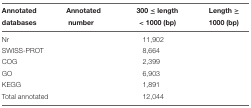
<table><thead><tr><td><b>Annotated</b></td><td><b>Annotated</b></td><td><b>300 ≤ length</b></td><td><b>Length ≥</b></td></tr><tr><td><b>databases</b></td><td><b>number</b></td><td><b>&lt; 1000 (bp)</b></td><td><b>1000 (bp)</b></td></tr></thead><tbody><tr><td>Nr</td><td>[EMPTY_CELL]</td><td>11,902</td><td>[EMPTY_CELL]</td></tr><tr><td>SWISS-PROT</td><td>[EMPTY_CELL]</td><td>8,664</td><td>[EMPTY_CELL]</td></tr><tr><td>COG</td><td>[EMPTY_CELL]</td><td>2,399</td><td>[EMPTY_CELL]</td></tr><tr><td>GO</td><td>[EMPTY_CELL]</td><td>6,903</td><td>[EMPTY_CELL]</td></tr><tr><td>KEGG</td><td>[EMPTY_CELL]</td><td>1,891</td><td>[EMPTY_CELL]</td></tr><tr><td>Total annotated</td><td>[EMPTY_CELL]</td><td>12,044</td><td>[EMPTY_CELL]</td></tr></tbody></table>